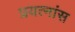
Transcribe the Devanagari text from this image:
प्रयत्नांस